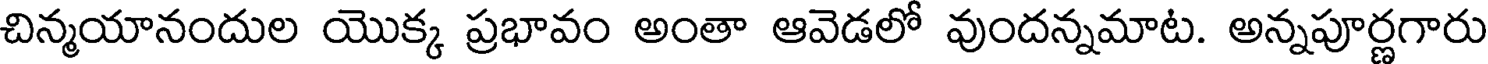
చిన్మయానందుల యొక్క ప్రభావం అంతా ఆవెడలో వుందన్నమాట. అన్నపూర్ణగారు